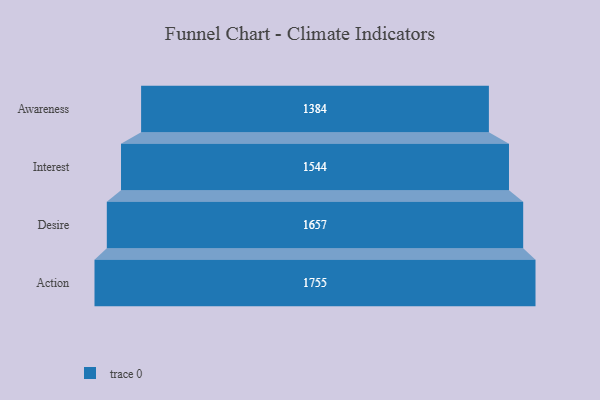
{"axis": {"x": "Stage", "y": "Value"}, "legend": [""], "data": [{"x": "Awareness", "y": 1384.0, "type": ""}, {"x": "Interest", "y": 1544.0, "type": ""}, {"x": "Desire", "y": 1657.0, "type": ""}, {"x": "Action", "y": 1755.0, "type": ""}]}